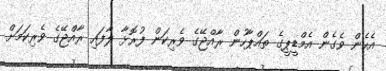
އެހެން ވެގެން އެމްޑީޕީގެ ތައްޕާހުން ރާއްޖޭގެ ވެރިކަން ފުރޮޅާ ލާފައި ރާއްޖޭގެ ވެރިކަމަށް